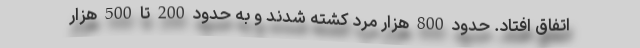
اتفاق افتاد. حدود 800 هزار مرد کشته شدند و به حدود 200 تا 500 هزار